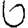
Digit: 6